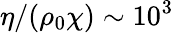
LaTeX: {\eta}/{(\rho_{0}\chi)}\sim 10^{3}